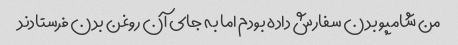
من شامپو بدن سفارش داده بودم اما به جای آن روغن بدن فرستادند